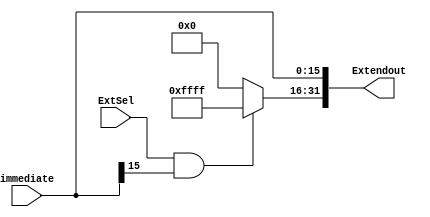
`timescale 1ns / 1ps
//////////////////////////////////////////////////////////////////////////////////
// Company: 
// 
// Design Name: 
// Module Name: Extend
// Project Name: 
// Target Devices: 
// Tool Versions: 
// Description: 
// 
// Dependencies: 
// 
// Revision:
// Revision 0.01 - File Created
// Additional Comments:
// 
//////////////////////////////////////////////////////////////////////////////////


module Extend_Single_Cycle(
    input ExtSel,
    input wire [15:0] immediate,
    output [31:0] Extendout
);
    
    assign Extendout[15:0] = immediate;
    assign Extendout[31:16] = (ExtSel & immediate[15]) ? {16{1'b1}} : {16{1'b0}};
    
endmodule